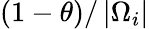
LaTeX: \left(1-\theta\right)/\left|\Omega_{i}\right|